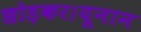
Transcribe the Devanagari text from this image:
छोड़कर।यूनान